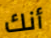
أنك